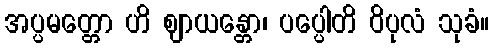
အပ္ပမတ္တော ဟိ ဈာယန္တော၊ ပပ္ပေါတိ ဝိပုလံ သုခံ။